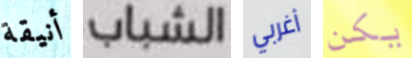
أنيقة الشباب أغربي يكن